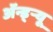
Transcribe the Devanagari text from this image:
ॲन्ड्र्‍यू